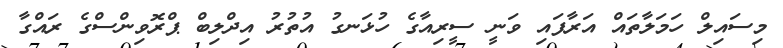
މިސައިލް ހަމަލާތައް އަރާފައި ވަނީ ސީރިއާގެ ހުޅަނގު އުތުރު އިދްލިބް ޕްރޮވިންސްގެ ރައްގާ